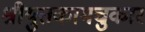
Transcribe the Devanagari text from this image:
श्रीयुतकामचुकार